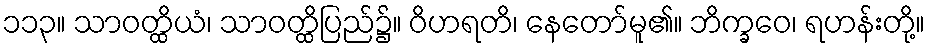
၁၁၃။ သာဝတ္ထိယံ၊ သာဝတ္ထိပြည်၌။ ဝိဟရတိ၊ နေတော်မူ၏။ ဘိက္ခဝေ၊ ရဟန်းတို့။